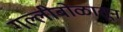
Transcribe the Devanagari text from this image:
गल्लीबोळातून